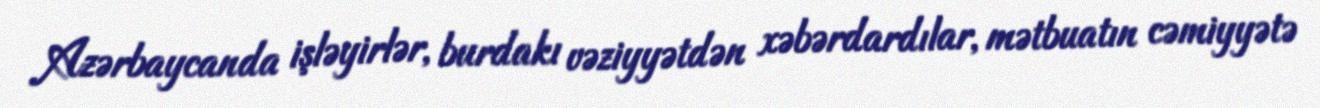
Azərbaycanda işləyirlər, burdakı vəziyyətdən xəbərdardılar, mətbuatın cəmiyyətə